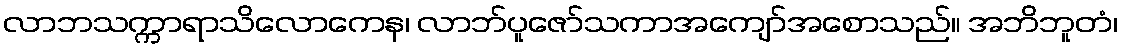
လာဘသက္ကာရာသိလောကေန၊ လာဘ်ပူဇော်သကာအကျော်အစောသည်။ အဘိဘူတံ၊